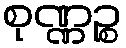
စုဏ္ဏဉ္စ